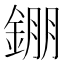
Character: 錋